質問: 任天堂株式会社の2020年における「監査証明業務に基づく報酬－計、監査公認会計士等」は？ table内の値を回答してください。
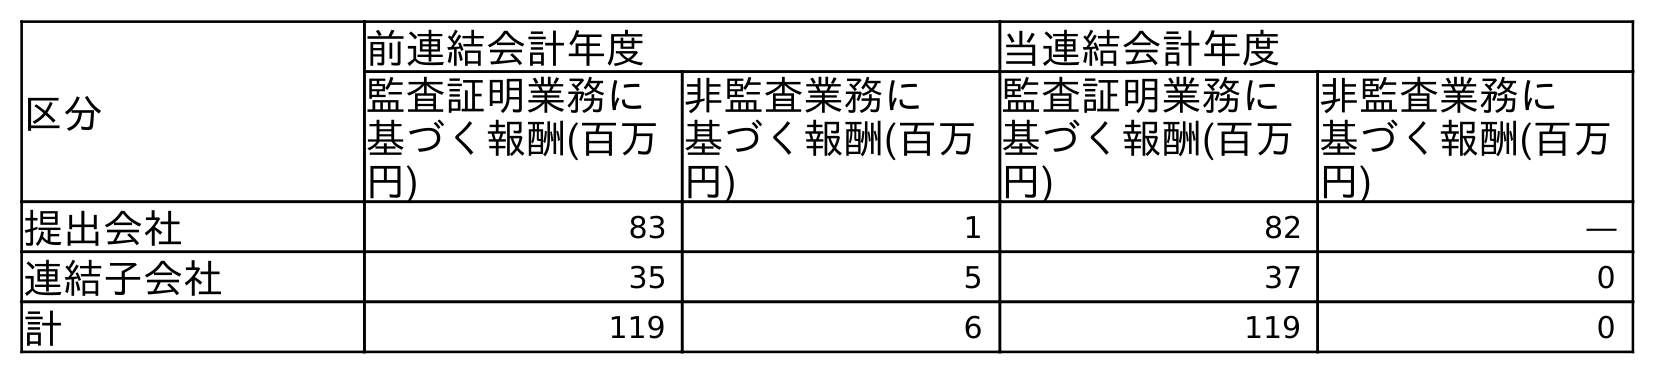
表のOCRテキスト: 区分 前連結会計年度 当連結会計年度 監査証明業務に 基づく報酬(百万 円) 非監査業務に 基づく報酬(百万 円) 監査証明業務に 基づく報酬(百万 円) 非監査業務に 基づく報酬(百万 円) 提出会社 83 1 82 ― 連結子会社 35 5 37 0 計 119 6 119 0
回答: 119